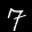
Label: 7